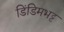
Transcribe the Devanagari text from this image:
डिंडिमभट्ट